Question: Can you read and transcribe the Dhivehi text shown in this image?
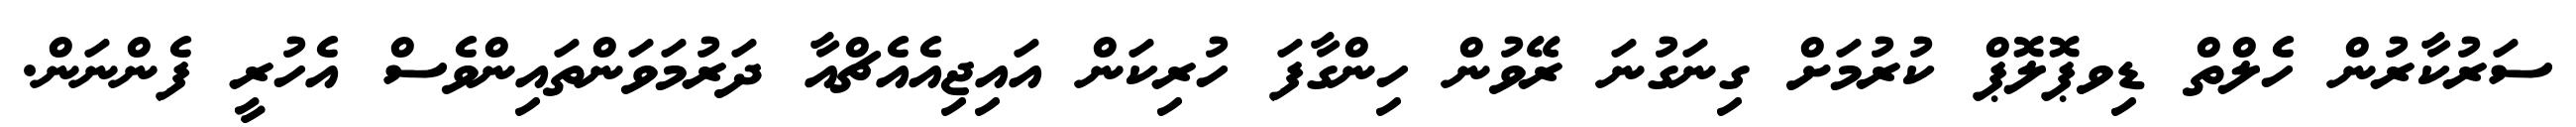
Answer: ސަރުކާރުން ހެލްތް ޑިވޕޮލޮޕް ކުރުމަށް ގިނަގުނަ ރޭވުން ހިންގާފަ ހުރިކަން އައިޖިއެއެޗްއާ ދަރުމަވަންތައިންވެސް އެހުރީ ފެންނަން.